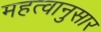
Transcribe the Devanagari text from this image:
महत्वानुसार